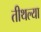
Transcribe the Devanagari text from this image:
तीथल्या